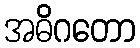
အဓိဂတော